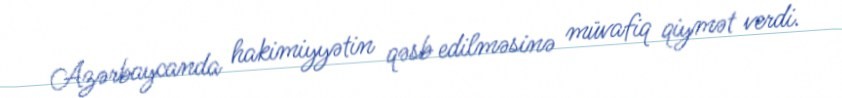
Azərbaycanda hakimiyyətin qəsb edilməsinə müvafiq qiymət verdi.